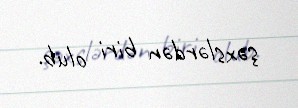
şəxslərdən biri olub.